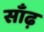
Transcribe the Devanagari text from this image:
साँढ़